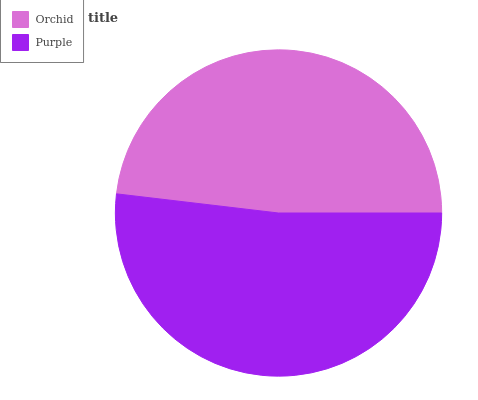
| Orchid | Purple |
 | --- | --- |
 | 48.1% | 51.9% |